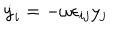
\dot { y } _ { i } = - \omega \epsilon _ { i j } y _ { j }